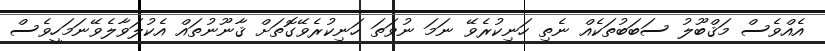
އެއްވެސް މަޤްބޫލު ސަބަބުތަކެއް ނެތި ހަނިކުރެވޭ ނަމަ ނުވަތަ ހަނިކުރެވޭގޮތަށް ޤާނޫނުތައް އެކުލަވާލެވޭނަމަހީވެސް